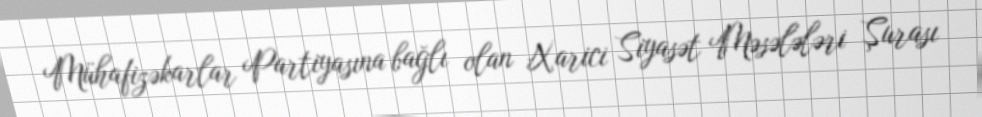
Mühafizəkarlar Partiyasına bağlı olan Xarici Siyasət Məsələləri Şurası